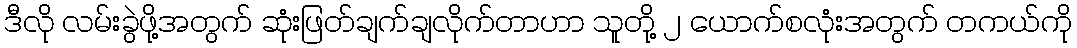
ဒီလို လမ်းခွဲဖို့အတွက် ဆုံးဖြတ်ချက်ချလိုက်တာဟာ သူတို့ ၂ ယောက်စလုံးအတွက် တကယ်ကို